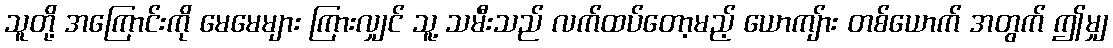
သူတို့ အကြောင်းကို မေမေများ ကြားလျှင် သူ့ သမီးသည် လက်ထပ်တော့မည့် ယောကျ်ား တစ်ယောက် အတွက် ဤမျှ